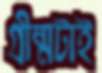
গ্রীষ্মটাই